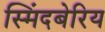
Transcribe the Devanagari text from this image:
स्मिंदबेरिय